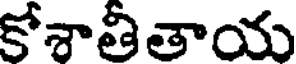
కోశాతీతాయ